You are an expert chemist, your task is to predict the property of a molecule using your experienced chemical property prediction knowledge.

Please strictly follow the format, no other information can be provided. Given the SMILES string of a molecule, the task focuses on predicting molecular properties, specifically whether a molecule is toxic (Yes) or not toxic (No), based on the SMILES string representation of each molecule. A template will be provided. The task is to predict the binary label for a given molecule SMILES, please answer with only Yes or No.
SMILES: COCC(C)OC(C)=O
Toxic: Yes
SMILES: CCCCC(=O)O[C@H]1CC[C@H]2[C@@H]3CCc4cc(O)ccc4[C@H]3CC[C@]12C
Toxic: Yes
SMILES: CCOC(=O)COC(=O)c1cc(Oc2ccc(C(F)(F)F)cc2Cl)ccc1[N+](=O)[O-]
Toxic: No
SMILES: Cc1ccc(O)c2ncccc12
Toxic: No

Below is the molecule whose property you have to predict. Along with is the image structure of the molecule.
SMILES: CCCc1nc2c(C)cc(-c3nc4ccccc4n3C)cc2n1Cc1ccc(-c2ccccc2C(=O)O)cc1
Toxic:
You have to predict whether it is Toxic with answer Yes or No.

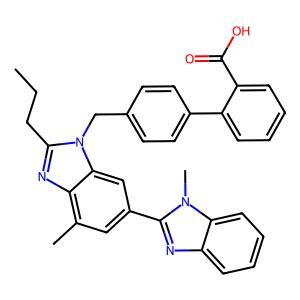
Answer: No